system: You are a helpful assistant.
user:
Analyze the provided spectrum to determine if it is a **Carbon Star (C-type)**.

- **Key Visual Indicators of Carbon Star:**
    - **(Primary):** Strong molecular absorption from **C₂ (diatomic carbon) "Swan Bands."** This is the **defining feature** of a carbon star.
        - **(Key Bandheads):** Sharp absorption edges are visible at approximately $5635$ Å, $5165$ Å (the strongest band), and $4737$ Å.
        - **(Line Profile):** Creates a distinct **"saw-tooth"** pattern. The key morphology is a sharp, steep bandhead on the **red (long-wavelength) side**, which then gradually tapers off (i.e., flux recovers) towards the **blue (short-wavelength) side**. *(This is the direct opposite of the TiO bands seen in M-type stars)*.

    - **(Secondary):** Intense **CN (cyanogen)** molecular absorption bands.
        - **(Key Bandheads):** Located in the blue and violet regions of the spectrum (e.g., near $4215$ Å and $3883$ Å).
        - **(Morphology):** These bands are extremely broad and act as a "blanket," absorbing the vast majority of blue and violet light. This creates a characteristic **"cliff"** or **"steep drop-off"** in the spectrum's flux at short wavelengths.

    - **(Key Confirmation):** Strong **CH absorption band (G-band)**.
        - **(Key Bandhead):** Located around $4300$ Å. The contribution from CH molecules to this band is exceptionally strong.

    - **(Overall Spectrum):**
        - The continuum is severely "chopped up" by these deep molecular bands, especially C₂, rather than appearing as a smooth curve.
        - Due to the heavy CN and C₂ absorption in the blue-green, the vast majority of the star's flux is concentrated in the red part of the spectrum, giving the star its characteristic deep red color.

Think first, call **spectral_visualization_tool** if needed to examine features in detail, then provide your final answer. Your response must adhere to the following strict rules:
1.  **Overall Structure:** Your response must follow the format `<think>...</think> <tool_call>...</tool_call> (if a tool is used) <answer>...</answer>`.
2.  **Tool Usage Constraint:** You may only make **one** tool call per turn.
3.  **Final Answer Format:** In the `<answer>` tag, your conclusion must be inside a `\boxed{}` command (e.g., `\boxed{YES}`), followed by your justification.

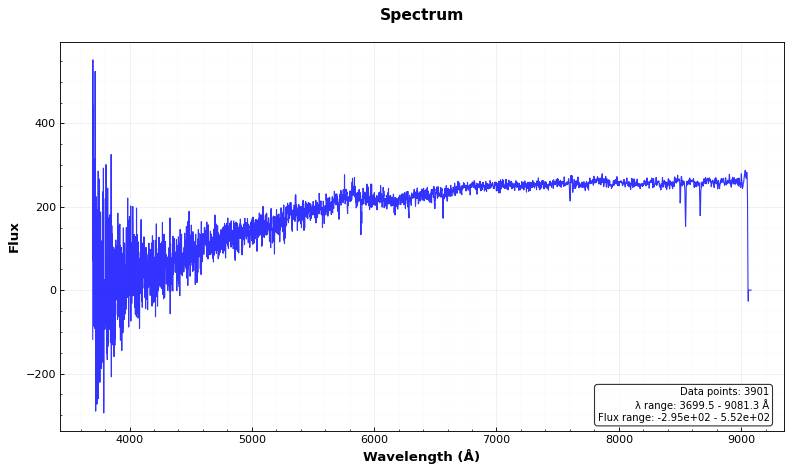
Answer: NO